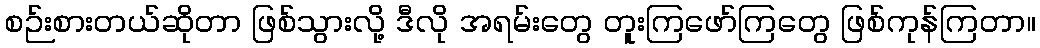
စဉ်းစားတယ်ဆိုတာ ဖြစ်သွားလို့ ဒီလို အရမ်းတွေ တူးကြဖော်ကြတွေ ဖြစ်ကုန်ကြတာ။